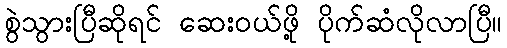
စွဲသွားပြီဆိုရင် ဆေးဝယ်ဖို့ ပိုက်ဆံလိုလာပြီ။